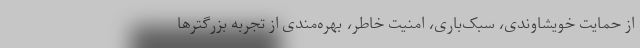
از حمایت خویشاوندی، سبک‌باری، امنیت خاطر، بهره‌مندی از تجربه بزرگترها